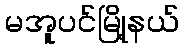
မအူပင်မြို့နယ်